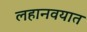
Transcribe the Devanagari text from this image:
लहानवयात